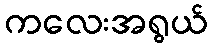
ကလေးအရွယ်